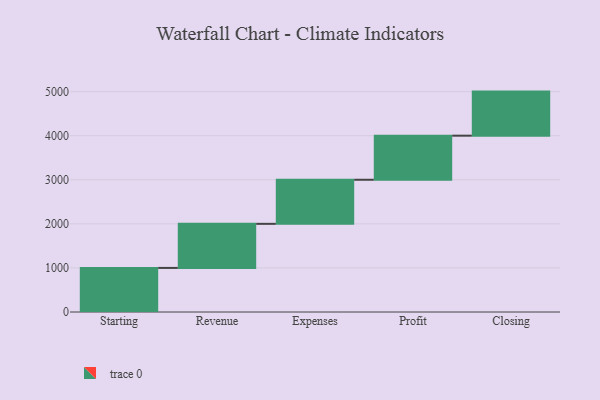
{"axis": {"x": "Step", "y": "Value"}, "legend": [""], "data": [{"x": "Starting", "y": 1000, "type": ""}, {"x": "Revenue", "y": 1000, "type": ""}, {"x": "Expenses", "y": 1000, "type": ""}, {"x": "Profit", "y": 1000, "type": ""}, {"x": "Closing", "y": 1000, "type": ""}]}